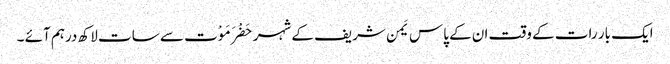
ایک بار رات کے وقت ان کے پاس یَمن شریف کے شہر حَضْرَمَوْت سے سات لاکھ درہم آئے ۔